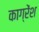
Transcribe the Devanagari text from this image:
काग्रेंश